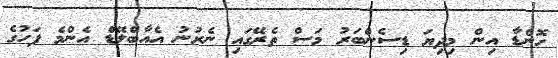
ހޮންޑާ އިން މިދިޔަ ޑިސެންބަރު މަސް ތެރޭގައި ނެރުނު އެއާބްލޭޑް އެންމެ ފަހުގެ